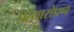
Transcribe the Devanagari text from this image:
प्रत्‍यारोपण